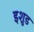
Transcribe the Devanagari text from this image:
इशुड